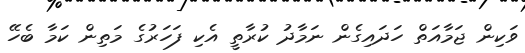
ވަކިން ޖަމާއަތް ހަދައިގެން ނަމާދު ކުރާތީ އެކި ފަހަރުގެ މަތިން ކަމާ ބެހޭ